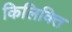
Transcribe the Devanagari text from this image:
किलिक्ति